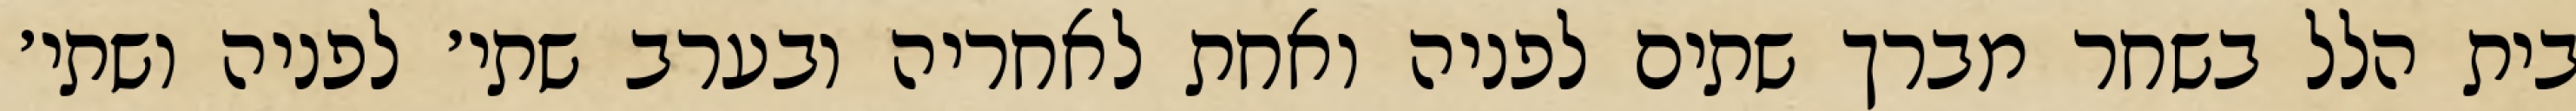
בית הלל בשחר מברך שתים לפניה ואחת לאחריה ובערב שתי׳ לפניה ושתי׳